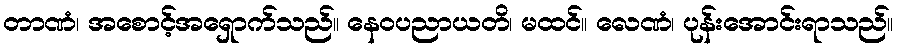
တာဏံ၊ အစောင့်အရှောက်သည်။ နေဝပညာယတိ၊ မထင်။ လေဏံ၊ ပုန်းအောင်းရာသည်။